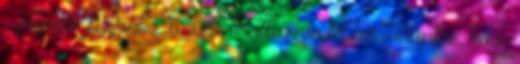
- jelentette ki Csaba László. Iratkozzon fel hírlevelünkre, hogy